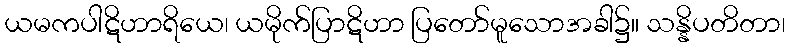
ယမကပါဋိဟာရိယေ၊ ယမိုက်ပြာဋိဟာ ပြတော်မူသောအခါ၌။ သန္နိပတိတာ၊